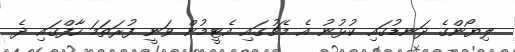
ލިޔޯންގެ ދަނޑުގައި ކުޅުނު އެ މެޗުގައި އެޓީމުން ވަނީ ފުރަތަމަ ހާފްގައި ދެ